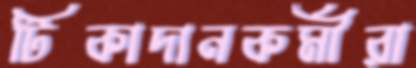
টিকাদানকর্মীরা